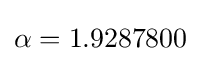
\alpha =1.9287800